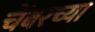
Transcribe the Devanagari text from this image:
चेंबरच्या